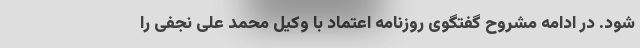
شود. در ادامه مشروح گفتگوی روزنامه اعتماد با وکیل محمد علی نجفی را